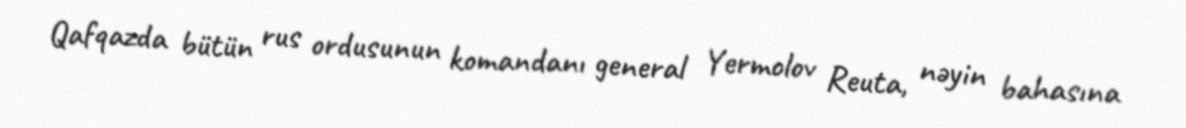
Qafqazda bütün rus ordusunun komandanı general Yermolov Reuta, nəyin bahasına